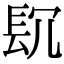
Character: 𨱤